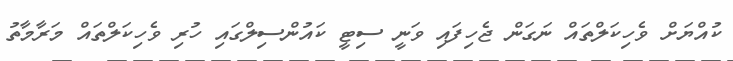
ކުއްޔަށް ވެހިކަލްތައް ނަގަން ޖެހިފައި ވަނީ ސިޓީ ކައުންސިލްގައި ހުރި ވެހިކަލްތައް މަރާމާތު